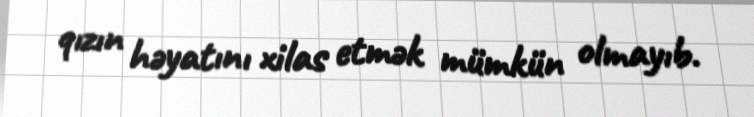
qızın həyatını xilas etmək mümkün olmayıb.